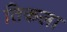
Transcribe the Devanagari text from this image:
तिकला